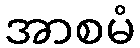
အာစမံ